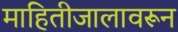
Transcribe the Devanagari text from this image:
माहितीजालावरून